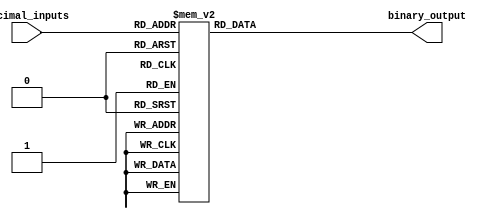
module decimal_priority_encoder (
    input [3:0] decimal_inputs,
    output reg [2:0] binary_output
);

always @(*) begin
    case(decimal_inputs)
        4'd0: binary_output = 3'b000;
        4'd1: binary_output = 3'b001;
        4'd2: binary_output = 3'b010;
        4'd3: binary_output = 3'b011;
        4'd4: binary_output = 3'b100;
        4'd5: binary_output = 3'b101;
        4'd6: binary_output = 3'b110;
        4'd7: binary_output = 3'b111;
        4'd8: binary_output = 3'b000; //Priority given to 8 due to overflow
        4'd9: binary_output = 3'b001; //Priority given to 9 due to overflow
        default: binary_output = 3'b000;
    endcase
end

endmodule